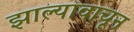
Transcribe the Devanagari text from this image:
झाल्यावाचून